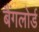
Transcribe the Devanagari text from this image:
बैंगलोर्ड